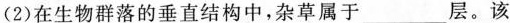
（2）在生物群落的垂直结构中，杂草属于___层。该